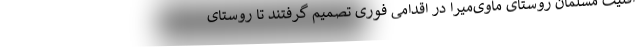
اقلیت مسلمان روستای ماوی‌میرا در اقدامی فوری تصمیم گرفتند تا روستای